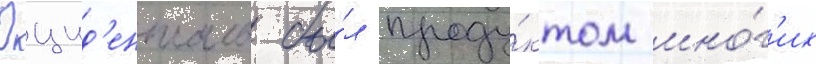
Окцид'енталь бы́л проду́ктом мно́г'их